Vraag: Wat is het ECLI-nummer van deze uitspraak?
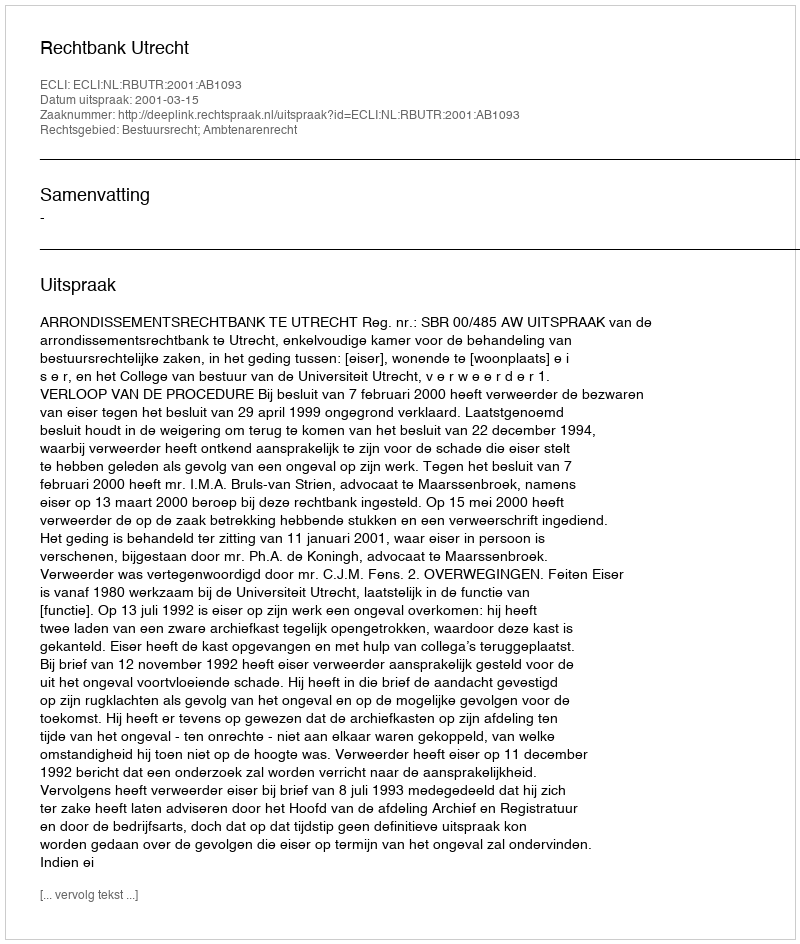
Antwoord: ECLI:NL:RBUTR:2001:AB1093